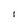
Character: 1